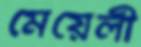
মেয়েলী